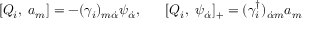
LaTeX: [ Q _ { i } , \; a _ { m } ] = - ( \gamma _ { i } ) _ { m \dot { \alpha } } \psi _ { \dot { \alpha } } , \; \; \; \; \; \; [ Q _ { i } , \; \psi _ { \dot { \alpha } } ] _ { + } = ( \gamma _ { i } ^ { \dagger } ) _ { \dot { \alpha } m } a _ { m }